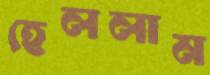
হেললাম